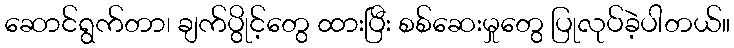
ဆောင်ရွက်တာ၊ ချက်ပွိုင့်တွေ ထားပြီး စစ်ဆေးမှုတွေ ပြုလုပ်ခဲ့ပါတယ်။